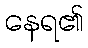
နေရ၏